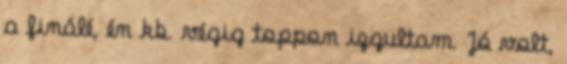
a finálé, én kb. végig toppon izgultam. Jó volt,